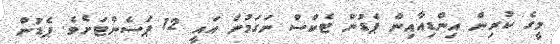
މީގެ ކުރިން އިންޑިއާއިން ޕެޑުން ޓެކްސް ނަގަމުން އައީ 12 ޕަސެންޓަށެވެ. ޕެޑުން